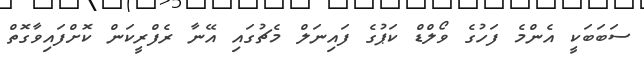
ސަބަބަކީ އެންމެ ފަހުގެ ވޯލްޑް ކަޕުގެ ފައިނަލް މެޗުގައި އޭނާ ރެފްރީކަން ކޮށްފައިވާގޮތް